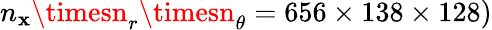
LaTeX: n_{\mathbf{x}}\timesn_{r}\timesn_{\theta}=656\times138\times128)